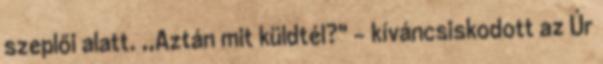
szeplői alatt. ,,Aztán mit küldtél?" - kíváncsiskodott az Úr